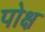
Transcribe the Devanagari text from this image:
पोक्ष